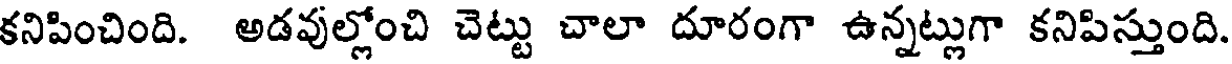
కనిపించింది. అడవుల్లోంచి చెట్టు చాలా దూరంగా ఉన్నట్లుగా కనిపిస్తుంది